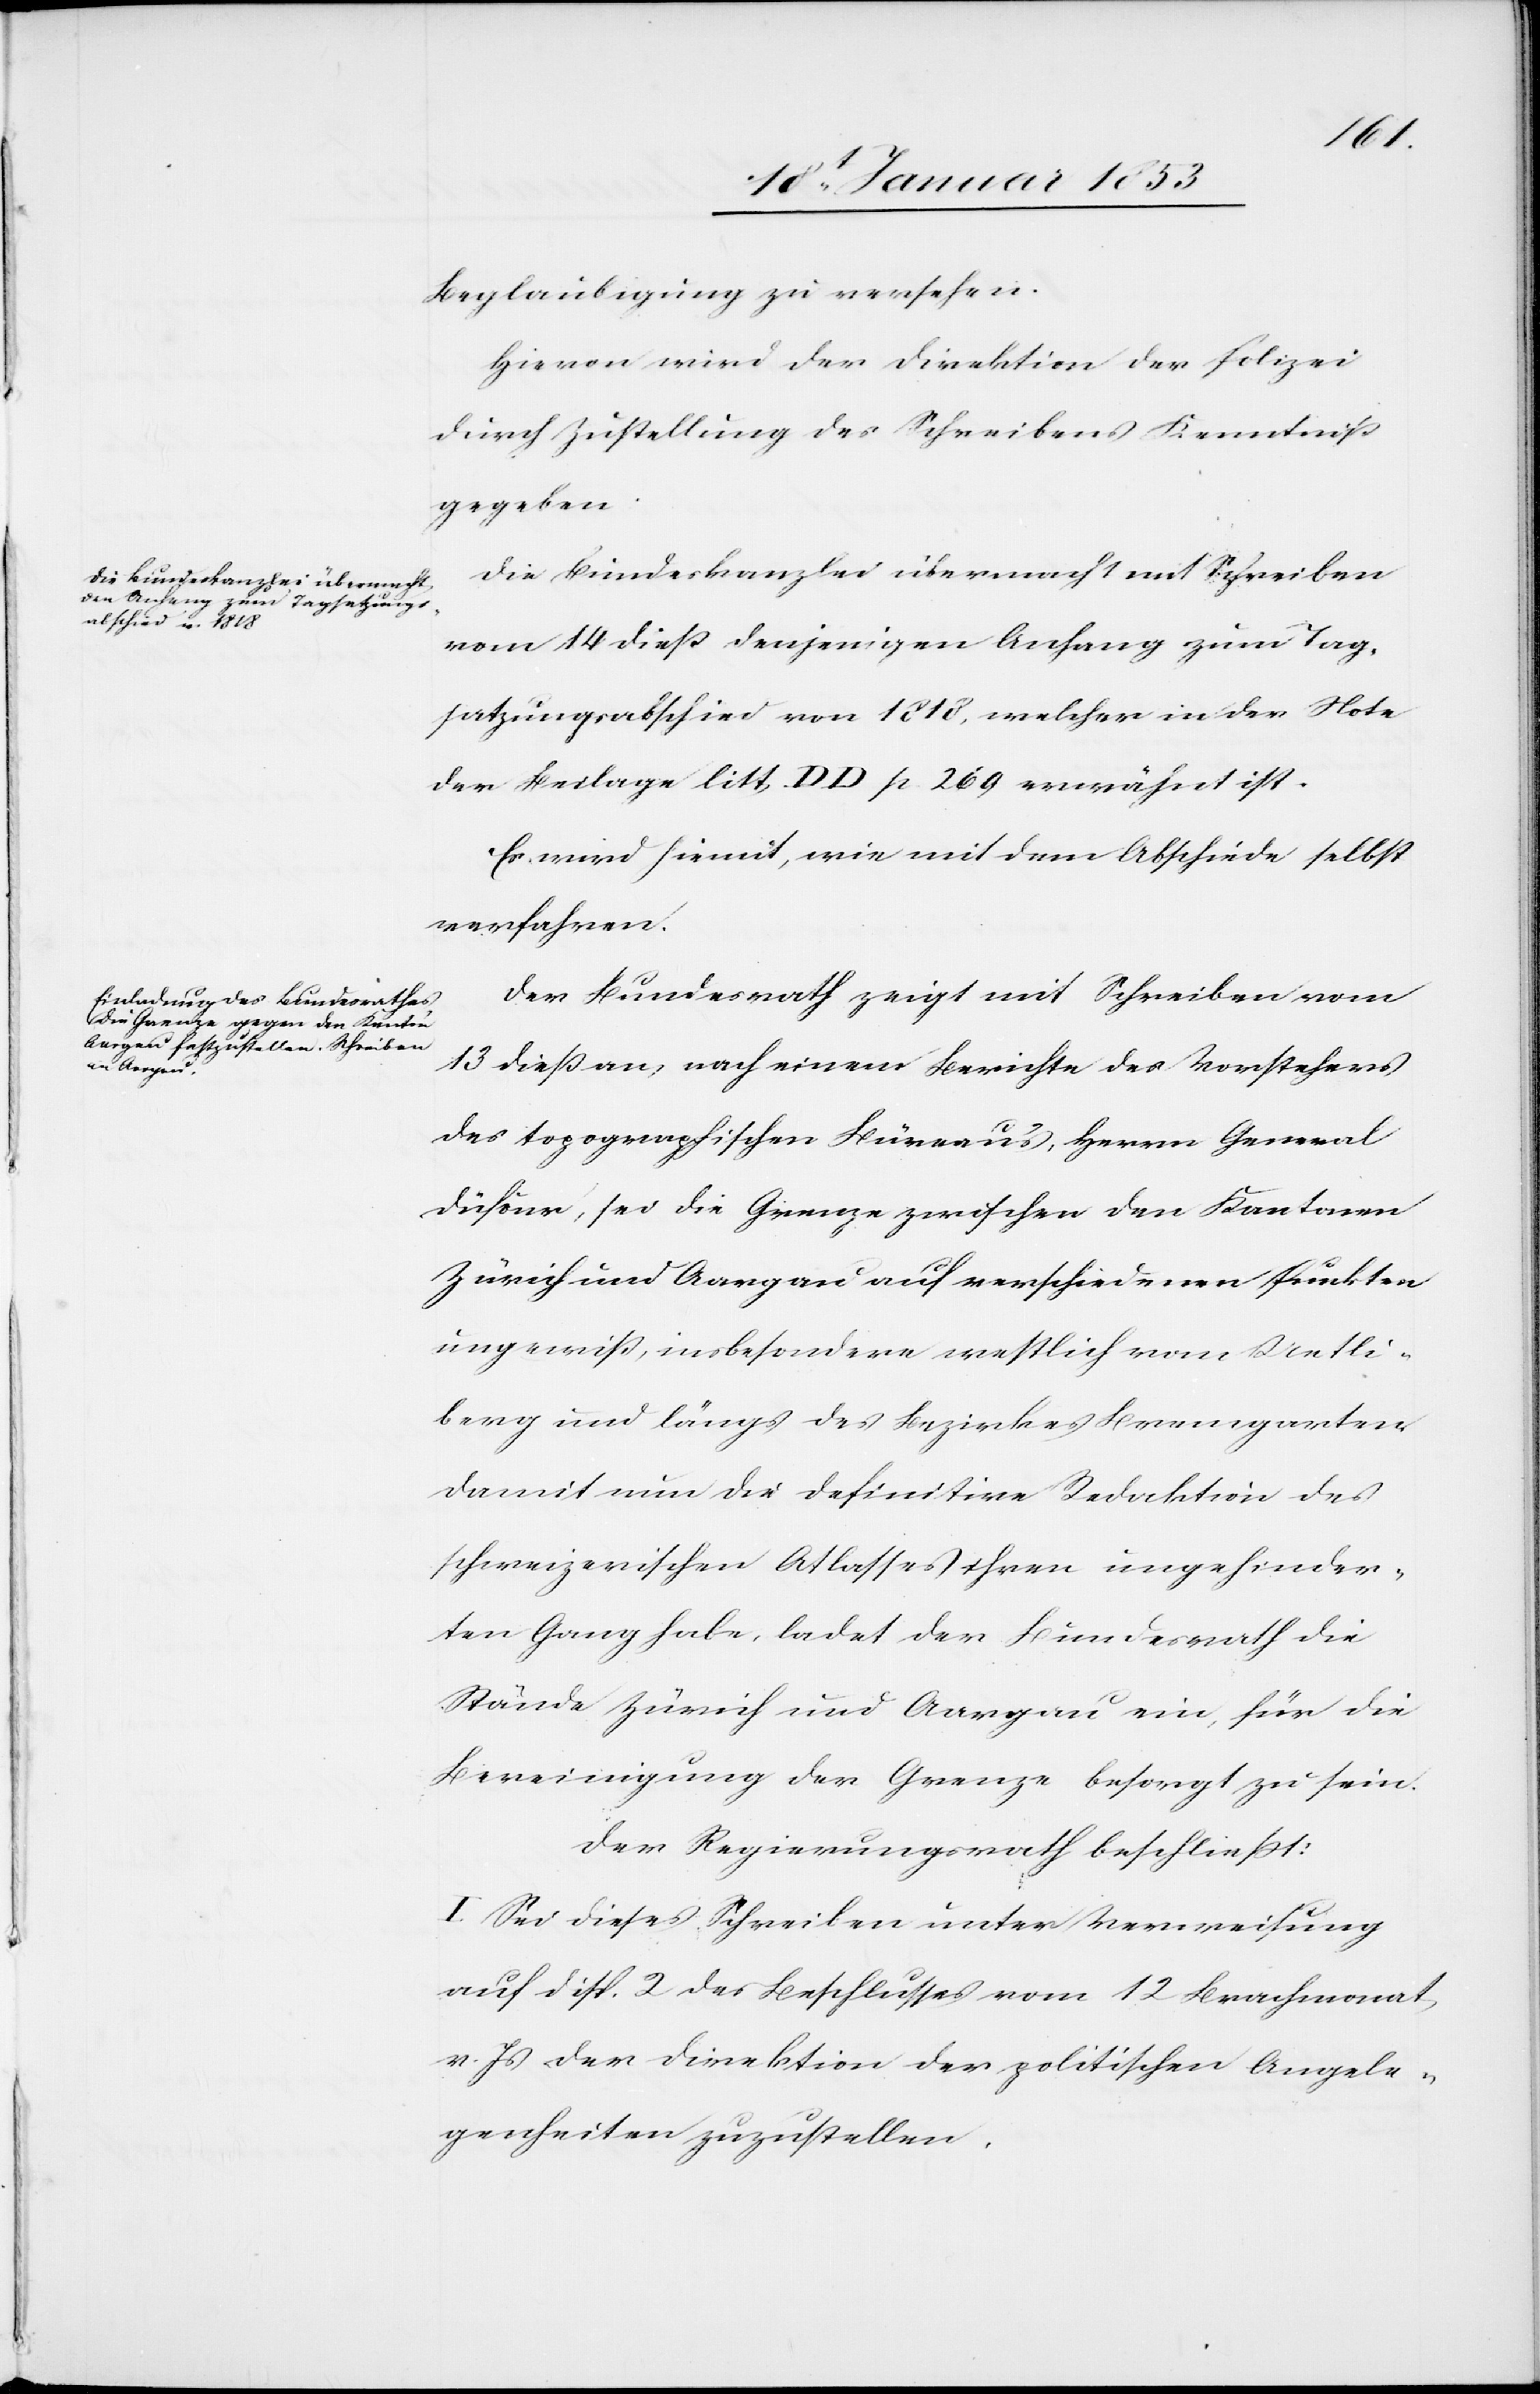
Beglaubigung zu versehen.
Hievon wird der Direktion der Polizei
durch Zustellung des Schreibens Kenntniß
gegeben.
Die Bundeskanzlei übermacht mit Schreiben
vom 14 dieß denjenigen Anhang zum Tag¬
satzungsabschied von 1818, welcher in der Note
der Beilage litt, D. D. p. 269 erwähnt ist.
Es wird hiermit, wie mit dem Abschiede selbst
verfahren.
Der Bundesrath zeigt mit Schreiben vom
13 dieß an, nach einem Berichte des Vorstehers
des topographischen Büreaus, Herrn General
Düfour, sei die Grenze zwischen den Kantonen
Zürich und Aargau auf verschiedenen Punkten
ungewiß, insbesondere westlich vom Uetli¬
berg und längs des Bezirkes Bremgarten.
Damit nun die definitive Redaktion des
schweizerischen Atlasses ihren ungehinder¬
ten Gang habe, ladet der Bundesrath die
Stände Zürich und Aargau ein, für die
Bereinigung der Grenze besorgt zu sein.
Der Regierungsrath beschließt:
I. Sei dieses Schreiben unter Verweisung
auf disp. 2 des Beschlusses vom 12 Brachmonat,
v. Js. der Direktion der politischen Angele¬
genheiten zuzustellen.